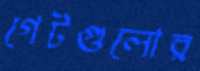
গেটগুলোর